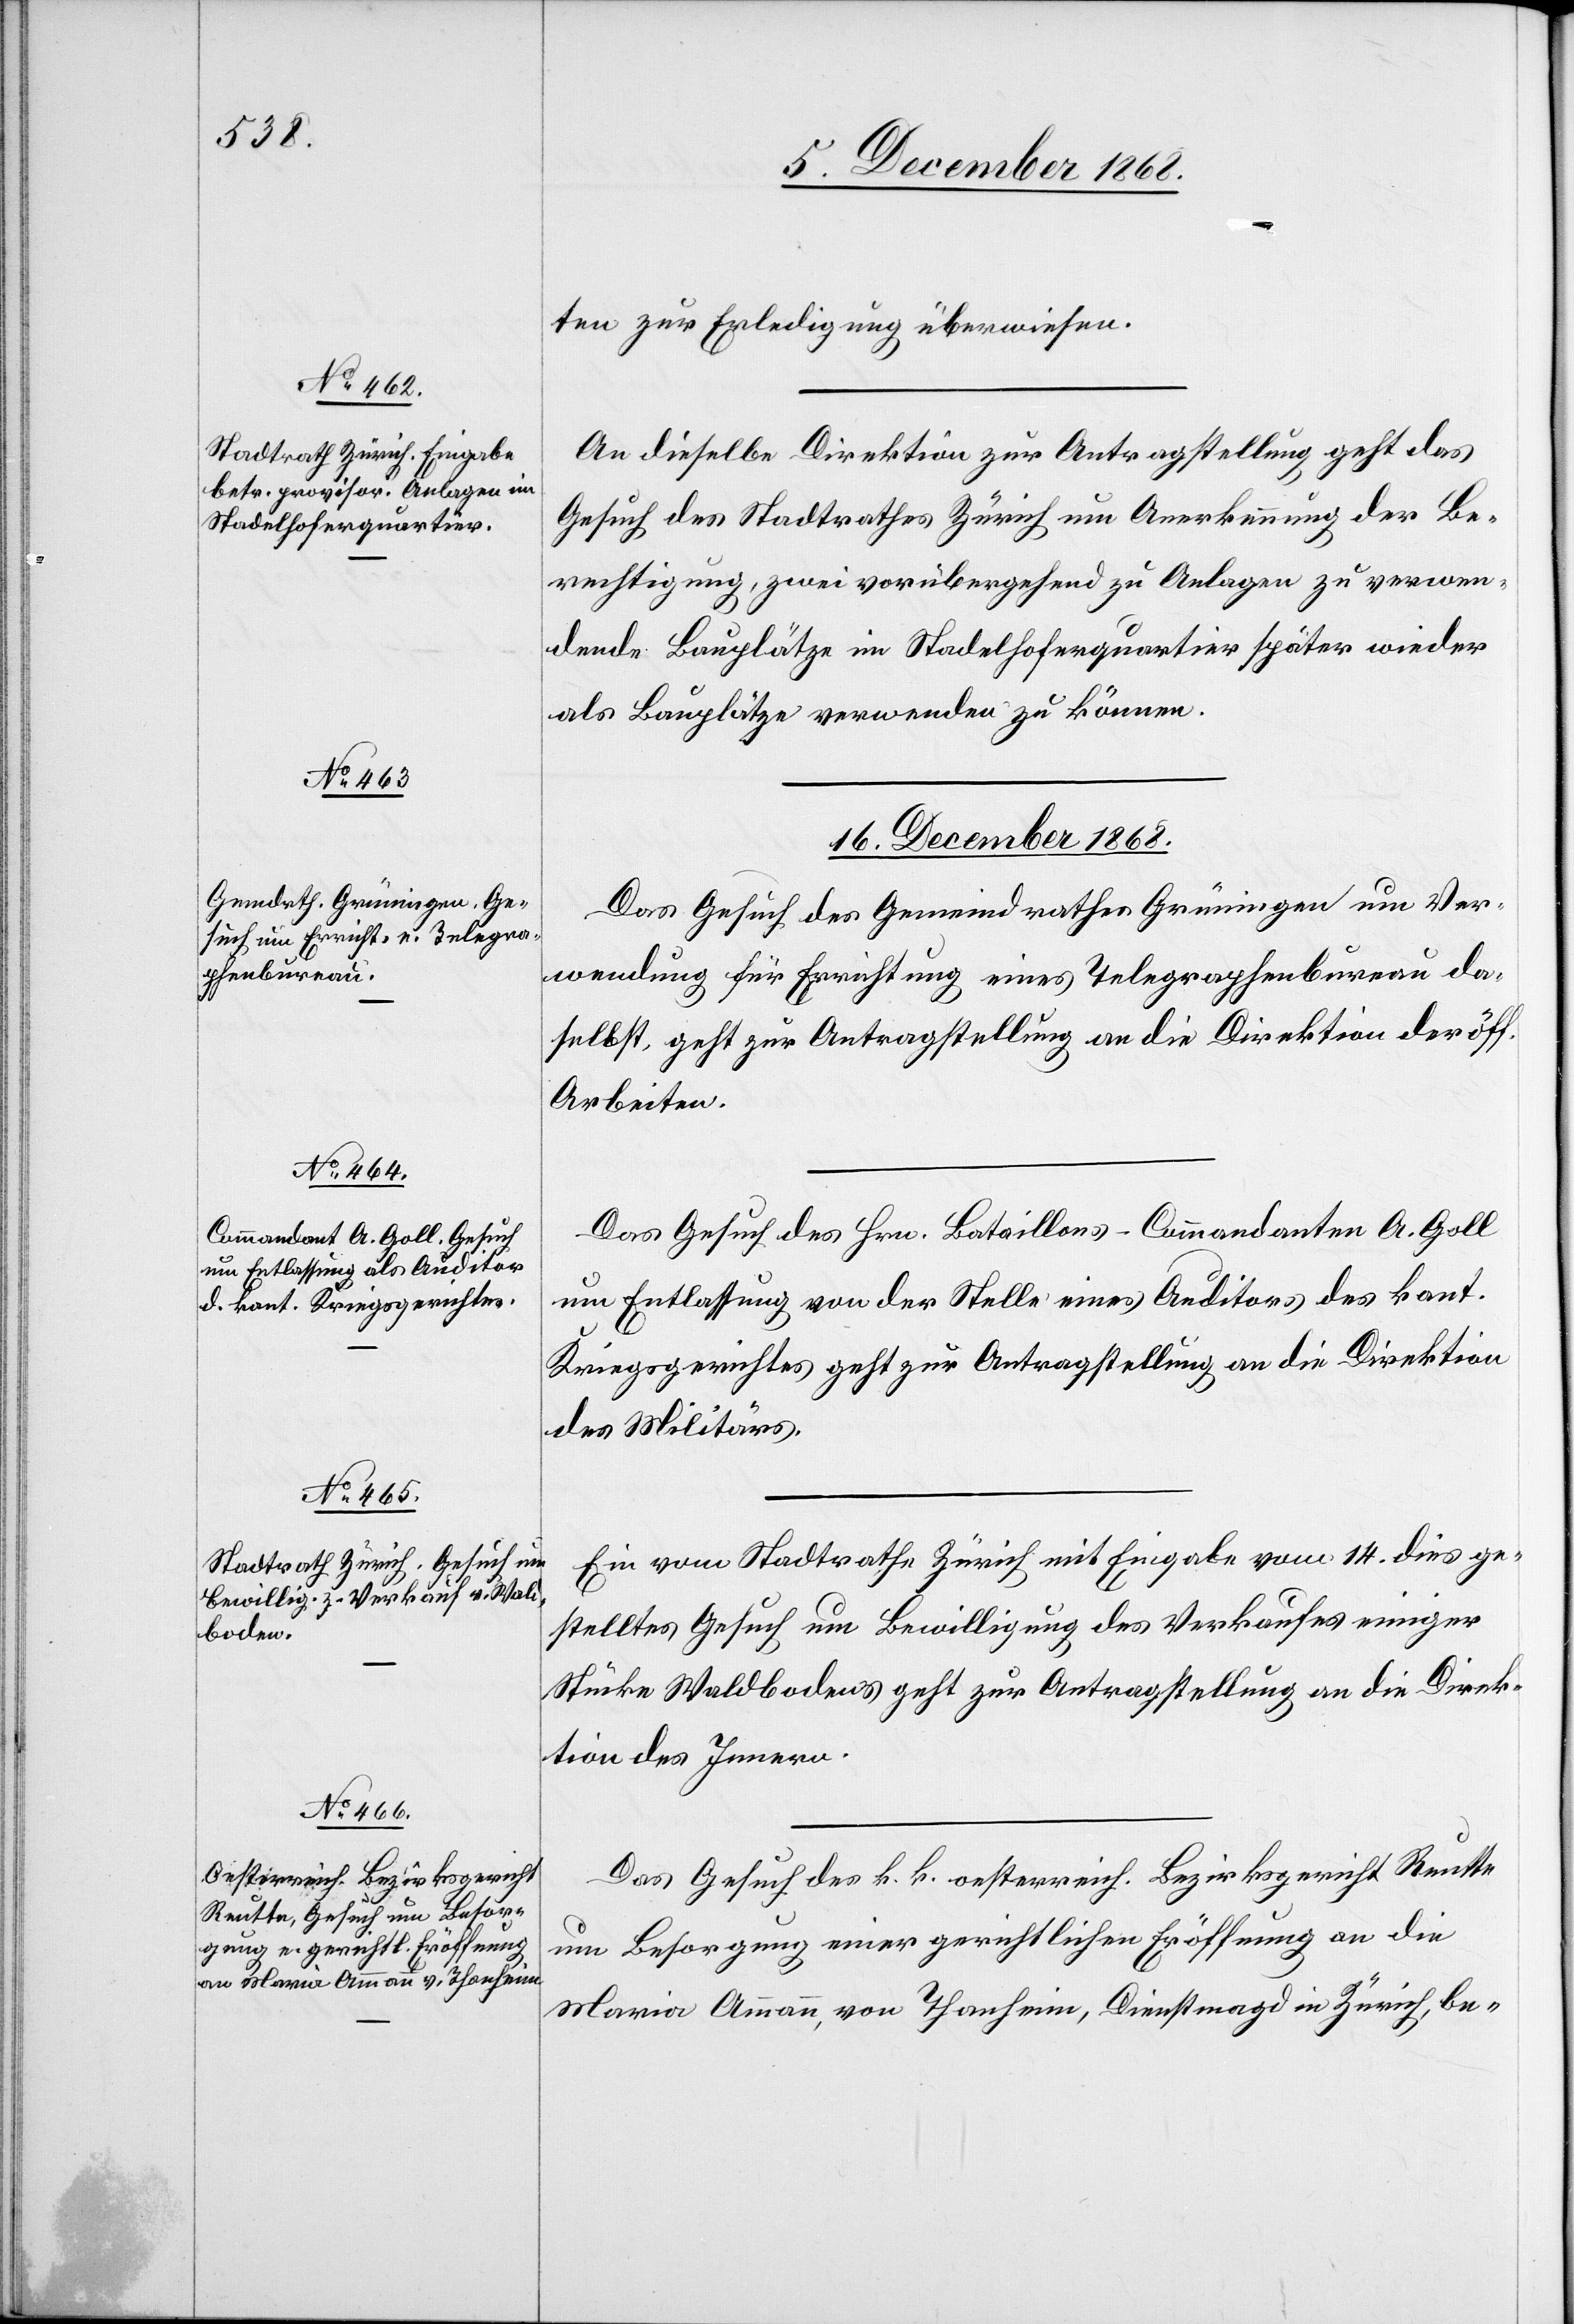
15. December 1868.]
ten zur Erledigung überwiesen.
An dieselbe Direktion zur Antragstellung geht das
Gesuch des Stadtrathes Zürich um Anerkennung der Be¬
rechtigung, zwei vorübergehend zu Anlagen zu verwen¬
dende Bauplätze im Stadelhoferquartier später wieder
als Bauplätze verwenden zu können.
16. December 1868.]
Das Gesuch des Gemeindrathes Grüningen um Ver¬
wendung für Errichtung eines Telegraphenbureau da¬
selbst, geht zur Antragstellung an die Direktion der öff.
Arbeiten.
Das Gesuch des Hrn. Bataillons-Commandanten A. Goll
um Entlassung von der Stelle eines Auditors des kant.
Kriegsgerichtes geht zur Antragstellung an die Direktion
des Militärs.
Ein vom Stadtrathe Zürich mit Eingabe vom 14. dies ge¬
stelltes Gesuch um Bewilligung des Verkaufes einiger
Stücke Waldbodens geht zur Antragstellung an die Direk¬
tion des Innern.
Das Gesuch des k. k. oesterreich. Bezirksgericht Reutte
um Besorgung einer gerichtlichen Eröffnung an die
Maria Ammann, von Thanheim, Dienstmagd in Zürich, be-